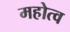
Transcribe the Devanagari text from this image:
महोत्व